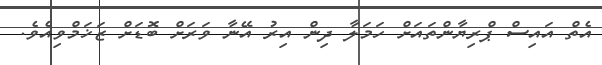
އެތް އައިސް ޕްރިޔާންތައަށް ހަމަލާ ދިން އިރު އޭނާ ވަރަށް ބޮޑަށް ޒަޚަމްވިއެވެ.